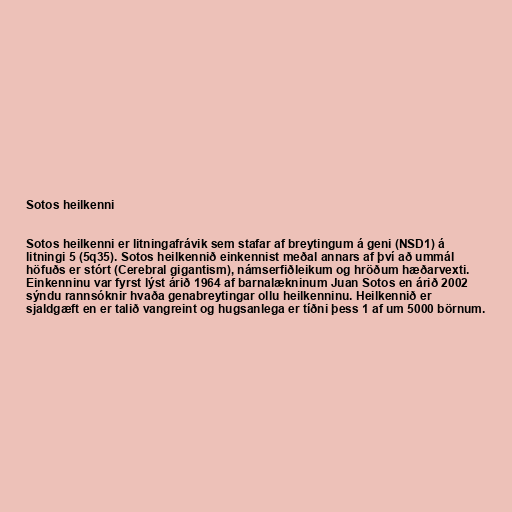
Sotos heilkenni

Sotos heilkenni er litningafrávik sem stafar af breytingum á geni (NSD1) á
litningi 5 (5q35). Sotos heilkennið einkennist meðal annars af því að ummál
höfuðs er stórt (Cerebral gigantism), námserfiðleikum og hröðum hæðarvexti.
Einkenninu var fyrst lýst árið 1964 af barnalækninum Juan Sotos en árið 2002
sýndu rannsóknir hvaða genabreytingar ollu heilkenninu. Heilkennið er
sjaldgæft en er talið vangreint og hugsanlega er tíðni þess 1 af um 5000 börnum.